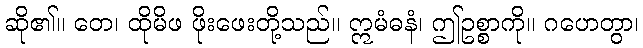
ဆို၏။ တေ၊ ထိုမိဖ ဖိုးဖေးတို့သည်။ ဣမံဓနံ၊ ဤဥစ္စာကို။ ဂဟေတွာ၊